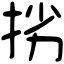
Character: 挘